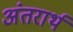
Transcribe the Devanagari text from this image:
अंतरार्थ